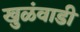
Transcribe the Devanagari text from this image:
खुळंवाडी